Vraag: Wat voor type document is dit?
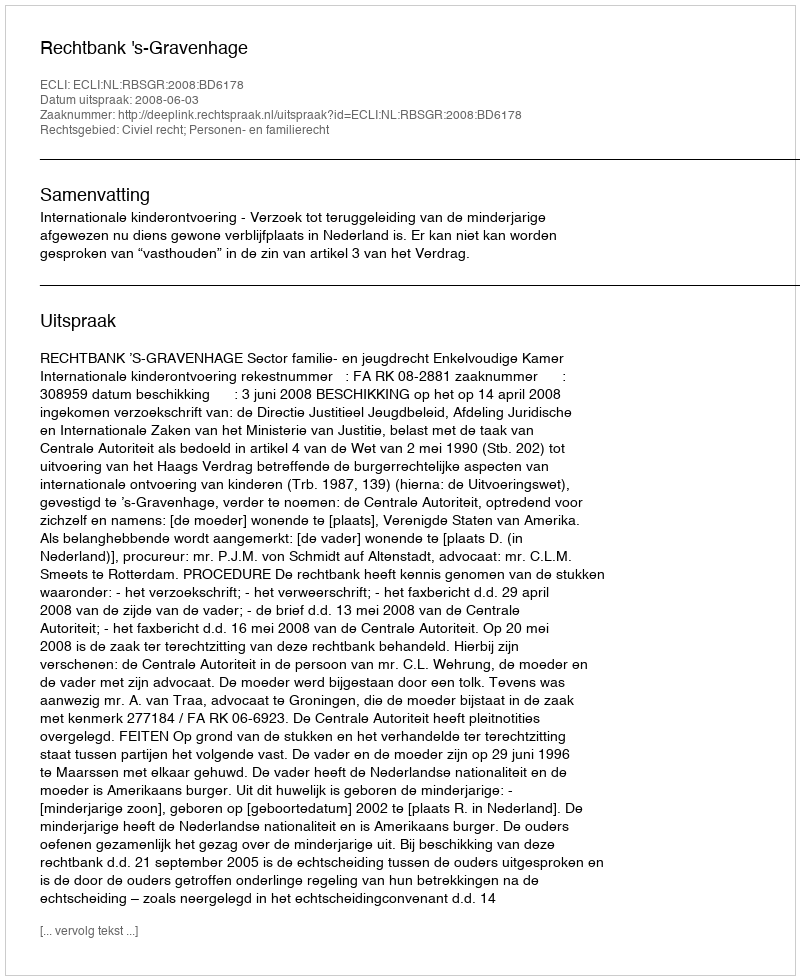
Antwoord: Uitspraak